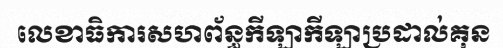
លេខាធិការសហព័ន្ធកីឡាកីឡាប្រដាល់គុន